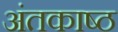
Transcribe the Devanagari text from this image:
अंतकाष्ठ